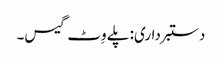
دستبرداری: پلے وِٹ گیس۔